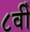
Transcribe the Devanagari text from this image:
८वीँ